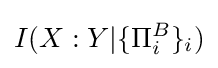
I(X:Y|\{\Pi _{i}^{B}\}_{i})